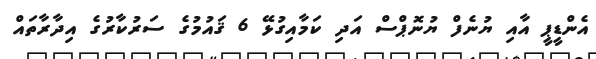
އެންޑީޕީ އާއި ޔުނެފް ޔުނޮޕްސް އަދި ކަމާއިގުޅޭ 6 ޤައުމުގެ ސަރުކާރުގެ އިދާރާތައް